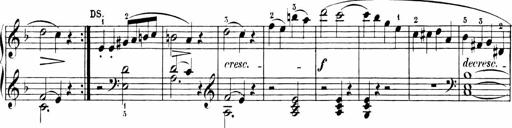
Title: 6 Sonatinas
Composer: Carl Reinecke